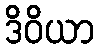
ဒိဝိယာ